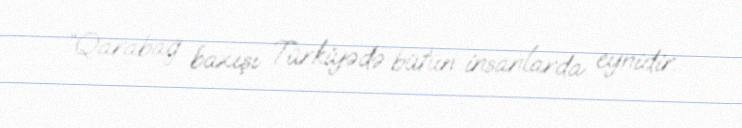
“Qarabağ baxışı Türkiyədə bütün insanlarda eynidir.